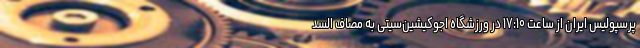
پرسپولیس ایران از ساعت ۱۷:۱۰ در ورزشگاه اجوکیشین‌سیتی به مصاف السد